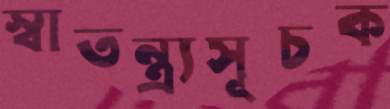
স্বাতন্ত্র্যসূচক